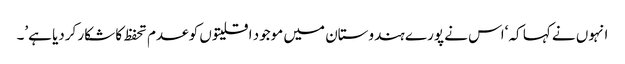
انہوں نے کہا کہ ‘اس نے پورے ہندوستان میں موجود اقلیتوں کو عدم تحفظ کا شکار کردیا ہے’۔